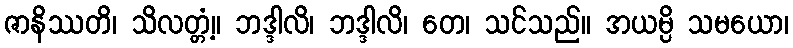
ဇာနိဿတိ၊ သိလတ္တံ့။ ဘဒ္ဒါလိ၊ ဘဒ္ဒါလိ၊ တေ၊ သင်သည်။ အယမ္ပိ သမယော၊